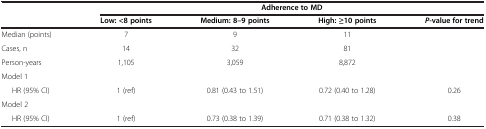
|  | <COLSPAN=4> Adherence to MD |
 |  | Low: <8 points | Medium: 8–9 points | High: ≥10 points | P-value for trend |
 | --- | --- | --- | --- | --- |
 | Median (points) | 7 | 9 | 11 |  |
 | Cases, n | 14 | 32 | 81 | <ROWSPAN=2>  |
 | Person-years | 1,105 | 3,059 | 8,872 |
 | Model 1 |  |  |  |  |
 | HR (95% CI) | 1 (ref) | 0.81 (0.43 to 1.51) | 0.72 (0.40 to 1.28) | 0.26 |
 | Model 2 |  |  |  |  |
 | HR (95% CI) | 1 (ref) | 0.73 (0.38 to 1.39) | 0.71 (0.38 to 1.32) | 0.38 |